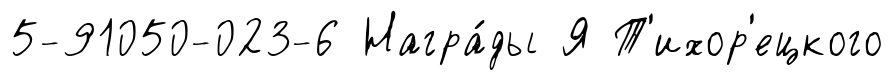
5-91050-023-6 Награ́ды Я Т'ихор'ецкого